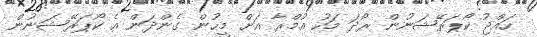
ހައްޖު ކޯޕަރޭޝަނުން ރޯދަ މަހު އުމްރާ އަށް މީހުން ގެންދަން އެ ކޯޕަރޭޝަނުން